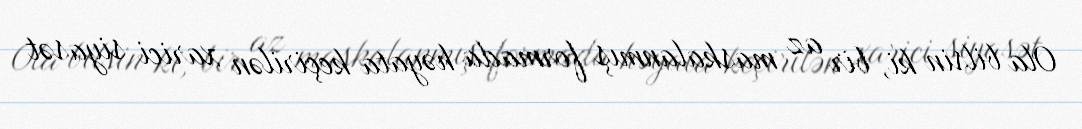
Ola bilsin ki, bir az maskalanmış formada həyata keçirilən xarici siyasət